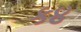
ક૪